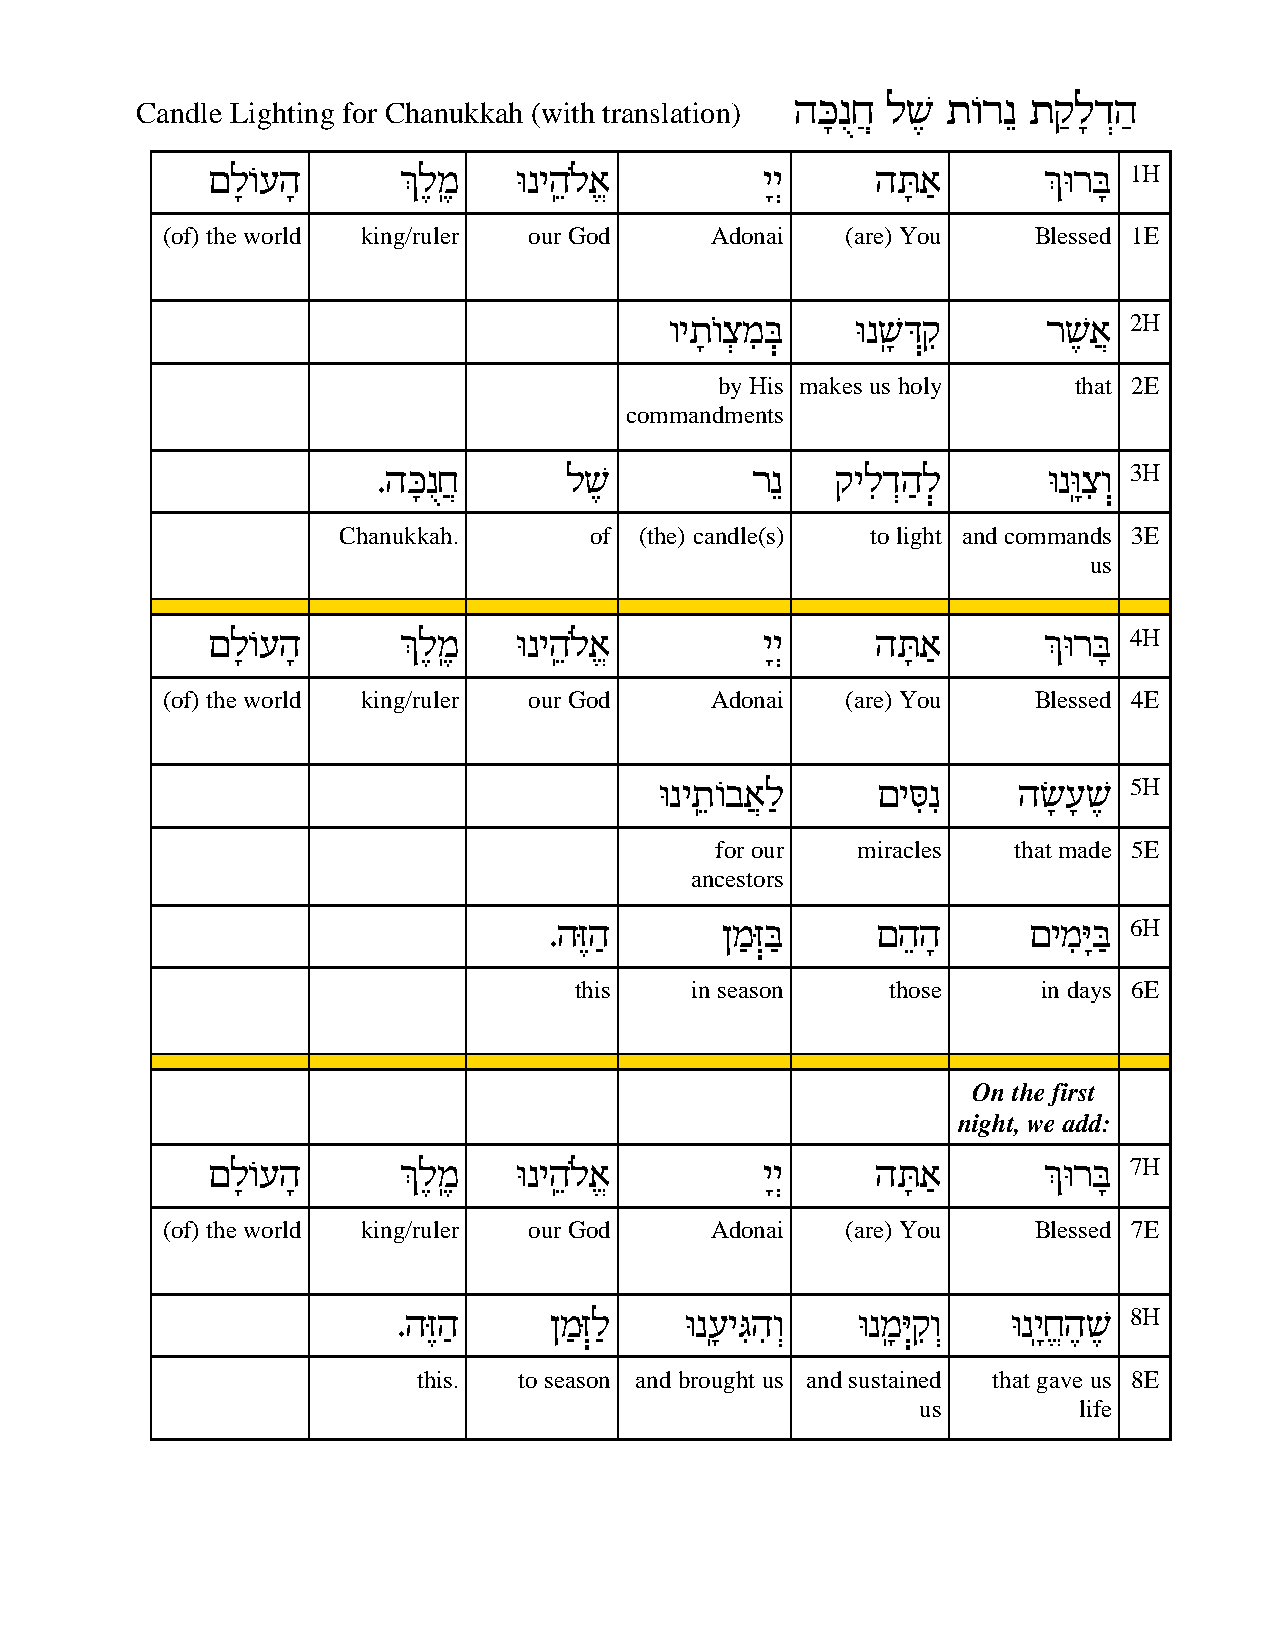
dM¨pªg£ lW¤ zFx¥p zw©¨lc§d©
 Candle Lighting for Chanukkah (with translation)
 m¨lFrd¨      K¤ln«¤ Epid«¥Ÿl¡`      ¨i§i    dY¨`©      KExA¨ 1H
 (of) the world king/ruler our God   Adonai   (are) You   Blessed 1E
 eiz¨Ÿev§ n¦Aè EpW«¨ Cèw¦ xW¤`£ 2H
 by His makes us holy   that 2E
 commandments
 .dM¨pªg£     lW¤         x¥p  wi¦lc§d©lè    Ep«¨Ev¦ eè 3H
 Chanukkah.       of (the) candle(s) to light and commands 3E
 us
 m¨lFrd¨      K¤ln«¤ Epid«¥Ÿl¡`      ¨i§i    dY¨`©      KExA¨ 4H
 (of) the world king/ruler our God   Adonai   (are) You   Blessed 4E
 Epiz«¥Fa`£©l  miQ¦¦p   dU¨ ¨rW¤ 5H
 for our   miracles  that made 5E
 ancestors
 .d¤Gd©      on©èGA©   md¥d¨     min¦¨IA© 6H
 this    in season    those     in days 6E
 On the first
 night, we add:
 m¨lFrd¨      K¤ln«¤ Epid«¥Ÿl¡`      ¨i§i    dY¨`©      KExA¨ 7H
 (of) the world king/ruler our God   Adonai   (are) You   Blessed 7E
 .d¤Gd©    on©èG©l  Ep«¨ri¦Bd¦e§ Epn«¨èIw¦e§ Ep«¨ig¡d¤W¤ 8H
 this. to season and brought us and sustained that gave us 8E
 us        life